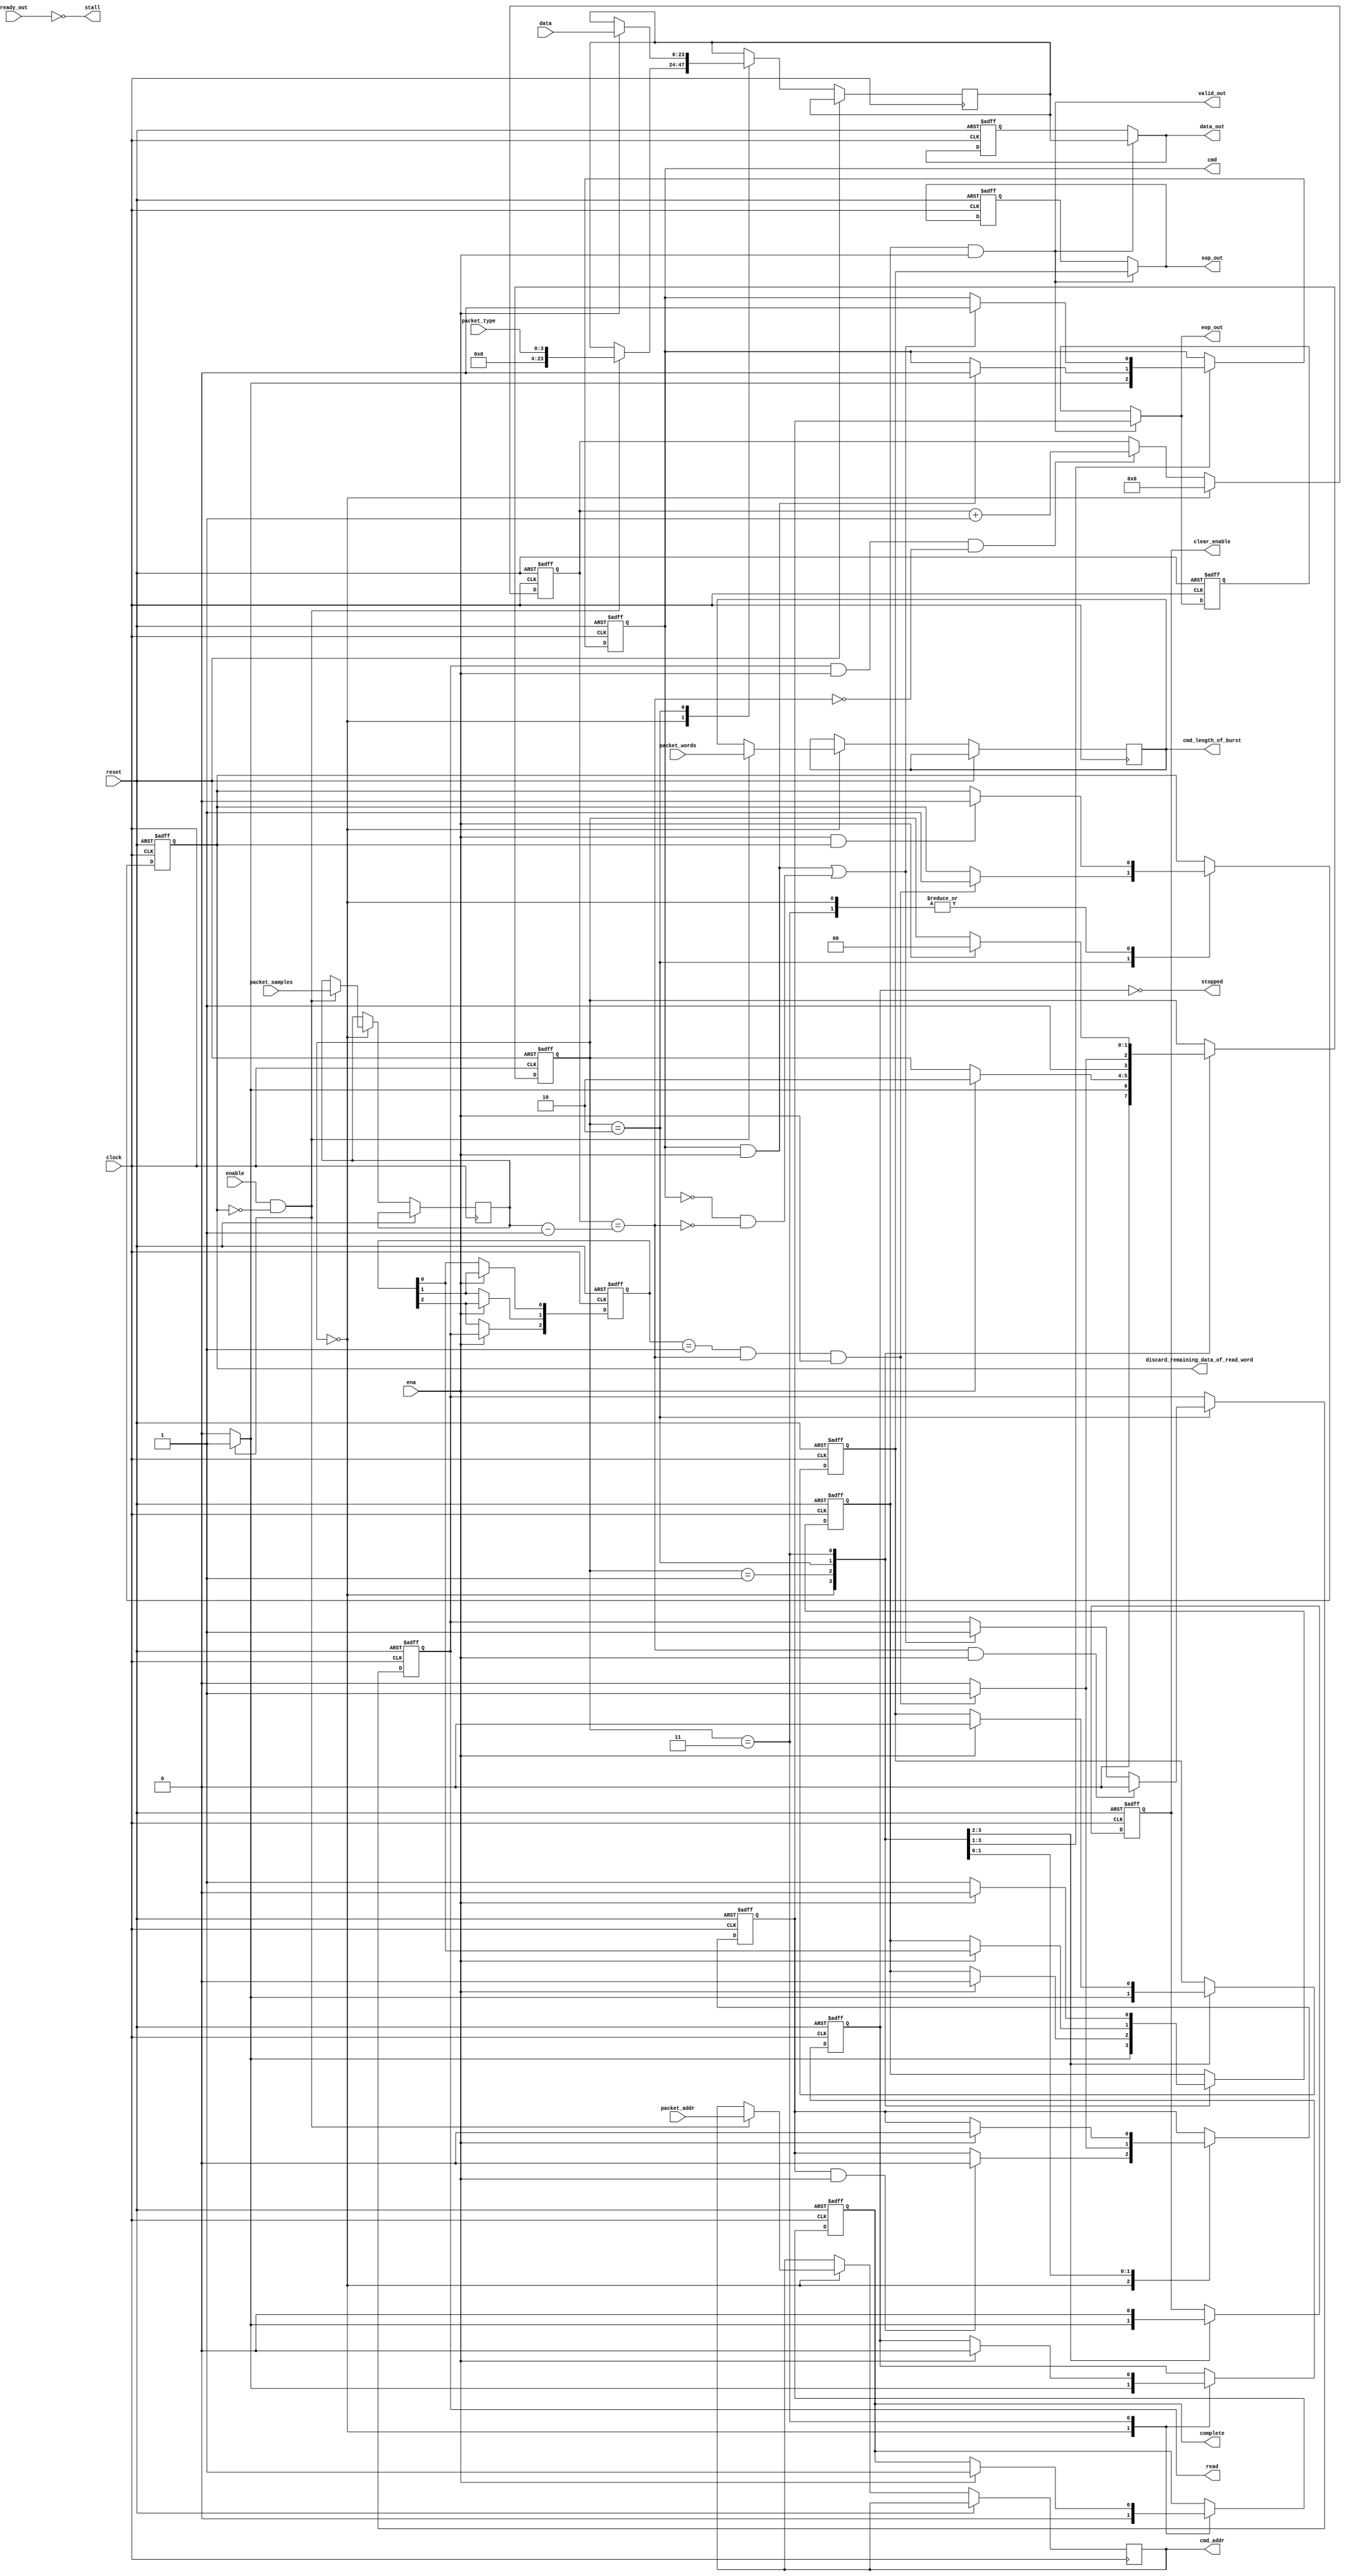
// Packet Reader Component (PRC) core
// this algorithm reads Avalon-ST video packets from external memory via Avalon-MM read master and passes it to Avalon-ST source interface
module alt_vipvfr131_prc_core
	(	
	
	clock,
	reset,
	stall,
	ena,
	
	read,
	data,
	discard_remaining_data_of_read_word,
		
	cmd_length_of_burst,
	cmd,
	cmd_addr,

	ready_out,
	valid_out,
	data_out,
	sop_out,
	eop_out,
	
	enable,
	clear_enable,
	stopped,
	complete,	
	packet_addr,
	packet_type,
	packet_samples,
	packet_words
	);
	
	parameter BITS_PER_SYMBOL = 8;
	parameter SYMBOLS_PER_BEAT = 3;
	parameter BURST_LENGTH_REQUIREDWIDTH = 7;
	parameter PACKET_SAMPLES_REQUIREDWIDTH = 32;
		
	localparam ADDR_WIDTH = 32; // same for all VIP cores, therefore local parameter
	localparam READ_LATENCY = 3;
	
	// I/Os
	input		clock;
	input		reset;
		
	// interface to top level control logic
	output 	stall;
	input		ena;
	
	// interface to master
	output reg	read;
	input		[BITS_PER_SYMBOL * SYMBOLS_PER_BEAT - 1:0] data;
	output 	reg discard_remaining_data_of_read_word;
	
	output  reg cmd;		//hold high to issue a command, note complex dependency on read.	
	output  reg [BURST_LENGTH_REQUIREDWIDTH-1:0] cmd_length_of_burst;
	output	reg [ADDR_WIDTH-1:0] cmd_addr;
	
	
				
	// Avalon-ST source interface
	input		ready_out;		
	output	valid_out;
	output 	[BITS_PER_SYMBOL * SYMBOLS_PER_BEAT - 1:0] data_out;
	output	sop_out;				
	output  eop_out;
	
	// Avalon-MM slave interface
	input		enable;		// GO bit
	output	reg clear_enable; // clear GO bit
	output	stopped;	// STATUS bit
	output  reg complete;	// IRQ bit 1
	input		[ADDR_WIDTH-1:0] packet_addr;
	input		[3:0] packet_type;
	input		[PACKET_SAMPLES_REQUIREDWIDTH-1:0] packet_samples;
	input		[BURST_LENGTH_REQUIREDWIDTH-1:0] packet_words;
		

// internal flow controlled signals				
reg [READ_LATENCY-1:0] input_valid_shift_reg;
reg [BITS_PER_SYMBOL * SYMBOLS_PER_BEAT - 1 : 0] data_out_d1;
reg sop_out_d1;
reg eop_out_d1;
		
/******************************************************************************/
/* Data processing of PRC algorithm starts here                              */
/******************************************************************************/
reg [BITS_PER_SYMBOL * SYMBOLS_PER_BEAT - 1:0] pre_data_out;
reg internal_output_is_valid;
reg pre_sop_out;
reg pre_eop_out;

reg [PACKET_SAMPLES_REQUIREDWIDTH-1:0] packet_samples_reg;
reg [PACKET_SAMPLES_REQUIREDWIDTH-1:0] reads_issued;
wire reads_complete;
//reads complete is a slightly odd wire name, in that once we have number of samples in - read latency
//we are sure we can issue a clear command to the unpacker and the last sample will come back intact
//The read output is actually held high to overread a bit, which doesnt hurt
assign reads_complete = (reads_issued == packet_samples_reg-1);

// simple FSM
localparam IDLE = 0;
localparam WAITING = 1;
localparam RUNNING = 2;
localparam ENDING = 3;

reg [1:0] state;


reg status;
integer i;
always @(posedge clock or posedge reset)
	if (reset) begin		
		state <= IDLE;
		status <= 1'b0;
		clear_enable <= 1'b1;
		cmd <= 1'b0;
		internal_output_is_valid <= 1'b0;
		pre_sop_out <= 1'b0;
		pre_eop_out <= 1'b0;
		complete <= 1'b0;
		input_valid_shift_reg <= {READ_LATENCY{1'b0}};
		discard_remaining_data_of_read_word <= 1'b0;
		read <= 1'b0;
		reads_issued <= {PACKET_SAMPLES_REQUIREDWIDTH{1'b0}};
	end
	else begin
		
		//This logic counts sucessfuly read requrests, the core only reads until required
		reads_issued <= read & ena & ~reads_complete ? reads_issued + 1'b1 : reads_issued;
	
		//input valid shift reg
		// only capture data if input valid (not stalled and reading)					
		if(ena) begin
			input_valid_shift_reg[READ_LATENCY-1] <= (read);
			for(i=0;i<READ_LATENCY-1;i=i+1) begin
				input_valid_shift_reg[i] <= input_valid_shift_reg[i+1];
			end
		end
		
		case (state)			
			//This state is pretty much for holding in while we wait for enable or for putting out the SOP and header
			IDLE :	begin
				
				//reset the reads_issued counter
				reads_issued <= {PACKET_SAMPLES_REQUIREDWIDTH{1'b0}};
			
				//check the discarding happened and if so drop the discard line low.
				if( ena & discard_remaining_data_of_read_word) begin
					discard_remaining_data_of_read_word <= 0;
				end
				
				//Make sure that clear enable is no longer asserted, this should already be the case though.
				clear_enable <= 1'b0;
				
				// keep eop high until ena is high, so we make sure the eop was ack'd/read
				if (pre_eop_out & ena) begin
					pre_eop_out <= 1'b0;			
				end
				
				//complete is the IRQ line which we are dropping low here without an explicit reset, this may be WRONG!
				complete <= 1'b0;
				
				if (enable & !discard_remaining_data_of_read_word) begin	//has the go bit been set on the control interface and have we cleared the extra data?, yes then begin!
				
					//we want to immediately stop the core for the next frame must do this as early as possible so the control port
					//can be programmed within 1 frame.
					clear_enable <= 1'b1;
					
					//set the core as in the status bit 0 high as it is now 'running'
					status <= 1'b1;
					
					//sample the control port and...
					//issue a command, the data's "appear" on the inputs to this module.
					//this will be set low in either of the next states
					cmd <= 1'b1;
					cmd_addr <= packet_addr;
					cmd_length_of_burst <= packet_words;
					//load into the packet_samples_reg the number of samples to check for
					packet_samples_reg <= packet_samples;
					
					//setup the sending of a SOP, the combi flow control will sort out the sending of this data
					internal_output_is_valid <= 1'b1;
					pre_sop_out <= 1'b1;
					pre_data_out <= packet_type;
					
					//ok transition to the waiting state
					state <= WAITING;
					
				//if we're not enabled
				end else begin
					//keep the "status" at stopped (0)
					status <= 1'b0;
					state <= IDLE;
					cmd <= 1'b0;
					internal_output_is_valid <= 1'b0;
					pre_sop_out <= 1'b0;
				end
			end
			
			//This state means the core has been enabled via the go bit, and we are sending the SOP
			WAITING : begin // wait for ready_out to be high			
				 
				//allow the enable value to be set externally again 
				clear_enable <= 1'b0;				
							
				//exiting the idle state would have set command to high
				//so if stall comes in low the command got sent ok
				if (cmd & ena) begin
					cmd <= 1'b0;			
				end
				
				//this means the SOP has been sent ok.
				if(ena) begin
					//it doesnt matter what we leave on the data port as it's not valid
					internal_output_is_valid <= 1'b0;
					pre_sop_out <= 1'b0;
					state <= RUNNING;
				end
			end

			// read until packet complete
			RUNNING : begin
				//the output is valid when the this shift reg position has a 1 in it this is counting when a data request is returned.
				//somewhat complexly when the output is not ready for data it is fed through the stall > ena > global_ena path
				//meaning no new data will be fed, so we dont need to buffer or anything here. 
				//the shift reg is also enabled from the ena.
				if(ena) begin
					internal_output_is_valid <= input_valid_shift_reg[0];
				end
							
				//if the command has sent ok or has already been sent (cmd low) then start issuing reads.
				if ((cmd & ena) | !cmd & !reads_complete) begin
					cmd <= 1'b0;
					read <= 1'b1;					
				end			
							
				// when reads complete, all the necessary reads have been issued
				// anded with ena to make sure the read we're currently on still gets issued
				if (reads_complete & ena) begin
					//dont want to be reading anymore, as this would block the next cmd 
					read <= 1'b0;
				end
				
				//as we're registering the output, we need to keep the value of data 1 cycle back when not ready at the output
				//(have a look at a waveform it makes sense, if the output wasnt registered we could put data straight through.)
				pre_data_out <= ena ? data : pre_data_out;

				//if this is the last sample of the current packet, we need to setup sending the EOP and move on
				//anded with ena to make sure the read were currently doing has been issued.
				if(input_valid_shift_reg==1 & reads_complete & ena) begin
				
					//if we've done all the reads we need to do and got all the data back we need
					//then we can discard the remaining data. This will get set low in the next state
					discard_remaining_data_of_read_word <= 1;
					
					//and we can set the eop bit high, the valid bit is still correctly sent by the input_valid_shift_reg
					pre_eop_out <= 1'b1;
					
					//transistion to ending state
					state <= ENDING;
					
				end else begin
					state <= RUNNING;
					pre_eop_out <= 1'b0;
				end
			end
			
			ENDING : begin // make sure the eop sent properly
				//hold this high
				internal_output_is_valid <= 1'b1;
			
				//check the discarding happened and if so drop the discard line low.
				if( ena & discard_remaining_data_of_read_word) begin
					discard_remaining_data_of_read_word <= 0;
				end
				
				//this means the EOP has been sent, prep to transition to the IDLE state
				if(ena) begin
					//core's not running anymore
					status <= 1'b0;
					
					//this is setting the IRQ high without checking that the IRQ is enabled, is this part of the slave? this may be WRONG!
					complete <= 1'b1;
					pre_eop_out <= 1'b0;
					state <= IDLE;
					internal_output_is_valid <= 1'b0;
				end
				
			end
			
		endcase
	end			




// assign outputs
assign stopped = ~status;


/******************************************************************************/
/* End of PRT algorithm data processing                                      */
/******************************************************************************/

/******************************************************************************/
/* Start of flow control processing                                           */
/******************************************************************************/

// the stall line will stall the data in process to this module on the same cycle,
// so when the output isnt ready the core wont push data
// this connects back up to the global ena signal.
assign stall = !ready_out;
assign valid_out = internal_output_is_valid & ena;

// hold data if not writing or output stalled, this is repeated functionality.
assign data_out = valid_out ? pre_data_out : data_out_d1;
assign eop_out = valid_out ? pre_eop_out : eop_out_d1;
assign sop_out = valid_out ? pre_sop_out : sop_out_d1;

// register internal flow controlled signals	
always @(posedge clock or posedge reset)
	if (reset) begin
		data_out_d1 <= {(BITS_PER_SYMBOL * SYMBOLS_PER_BEAT){1'b0}};
		sop_out_d1 <= 1'b0;
		eop_out_d1 <= 1'b0;
	end
	else begin
		data_out_d1 <= data_out;
		sop_out_d1 <= sop_out;
		eop_out_d1 <= eop_out;
	end
			
/******************************************************************************/
/* End of flow control processing                                             */
/******************************************************************************/		 	 	 	
endmodule